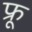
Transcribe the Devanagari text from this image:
फ्रू